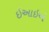
ઇઆઇએ